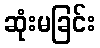
ဆုံးမခြင်း